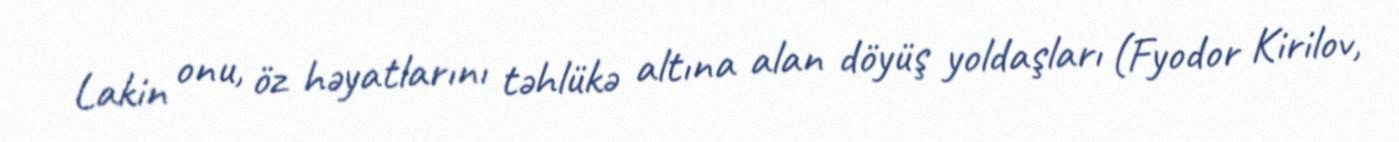
Lakin onu, öz həyatlarını təhlükə altına alan döyüş yoldaşları (Fyodor Kirilov,